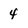
Character: 4